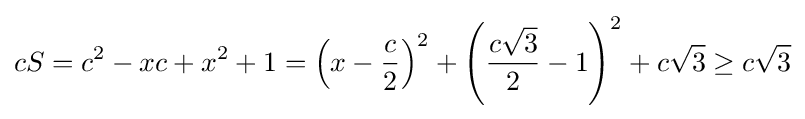
cS=c^{2}-xc+x^{2}+1=\left(x-{\frac {c}{2}}\right)^{2}+\left({\frac {c{\sqrt {3}}}{2}}-1\right)^{2}+c{\sqrt {3}}\geq c{\sqrt {3}}